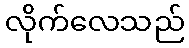
လိုက်လေသည်